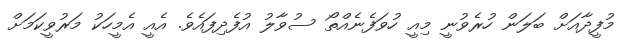
މުފީދާއަށް ބަލަން ހުރެވުނީ މިއީ ހުވަފެނެއްތޯ ސުވާލު އުފެދިފައެވެ. އެއީ އެމީހަކު މަރުވީކަމަށް